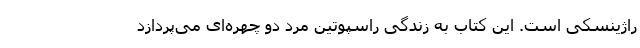
راژینسکی است. این کتاب به زندگی راسپوتین مرد دو چهره‌ای می‌پردازد